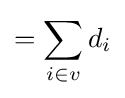
=\sum _{i\in v}d_{i}